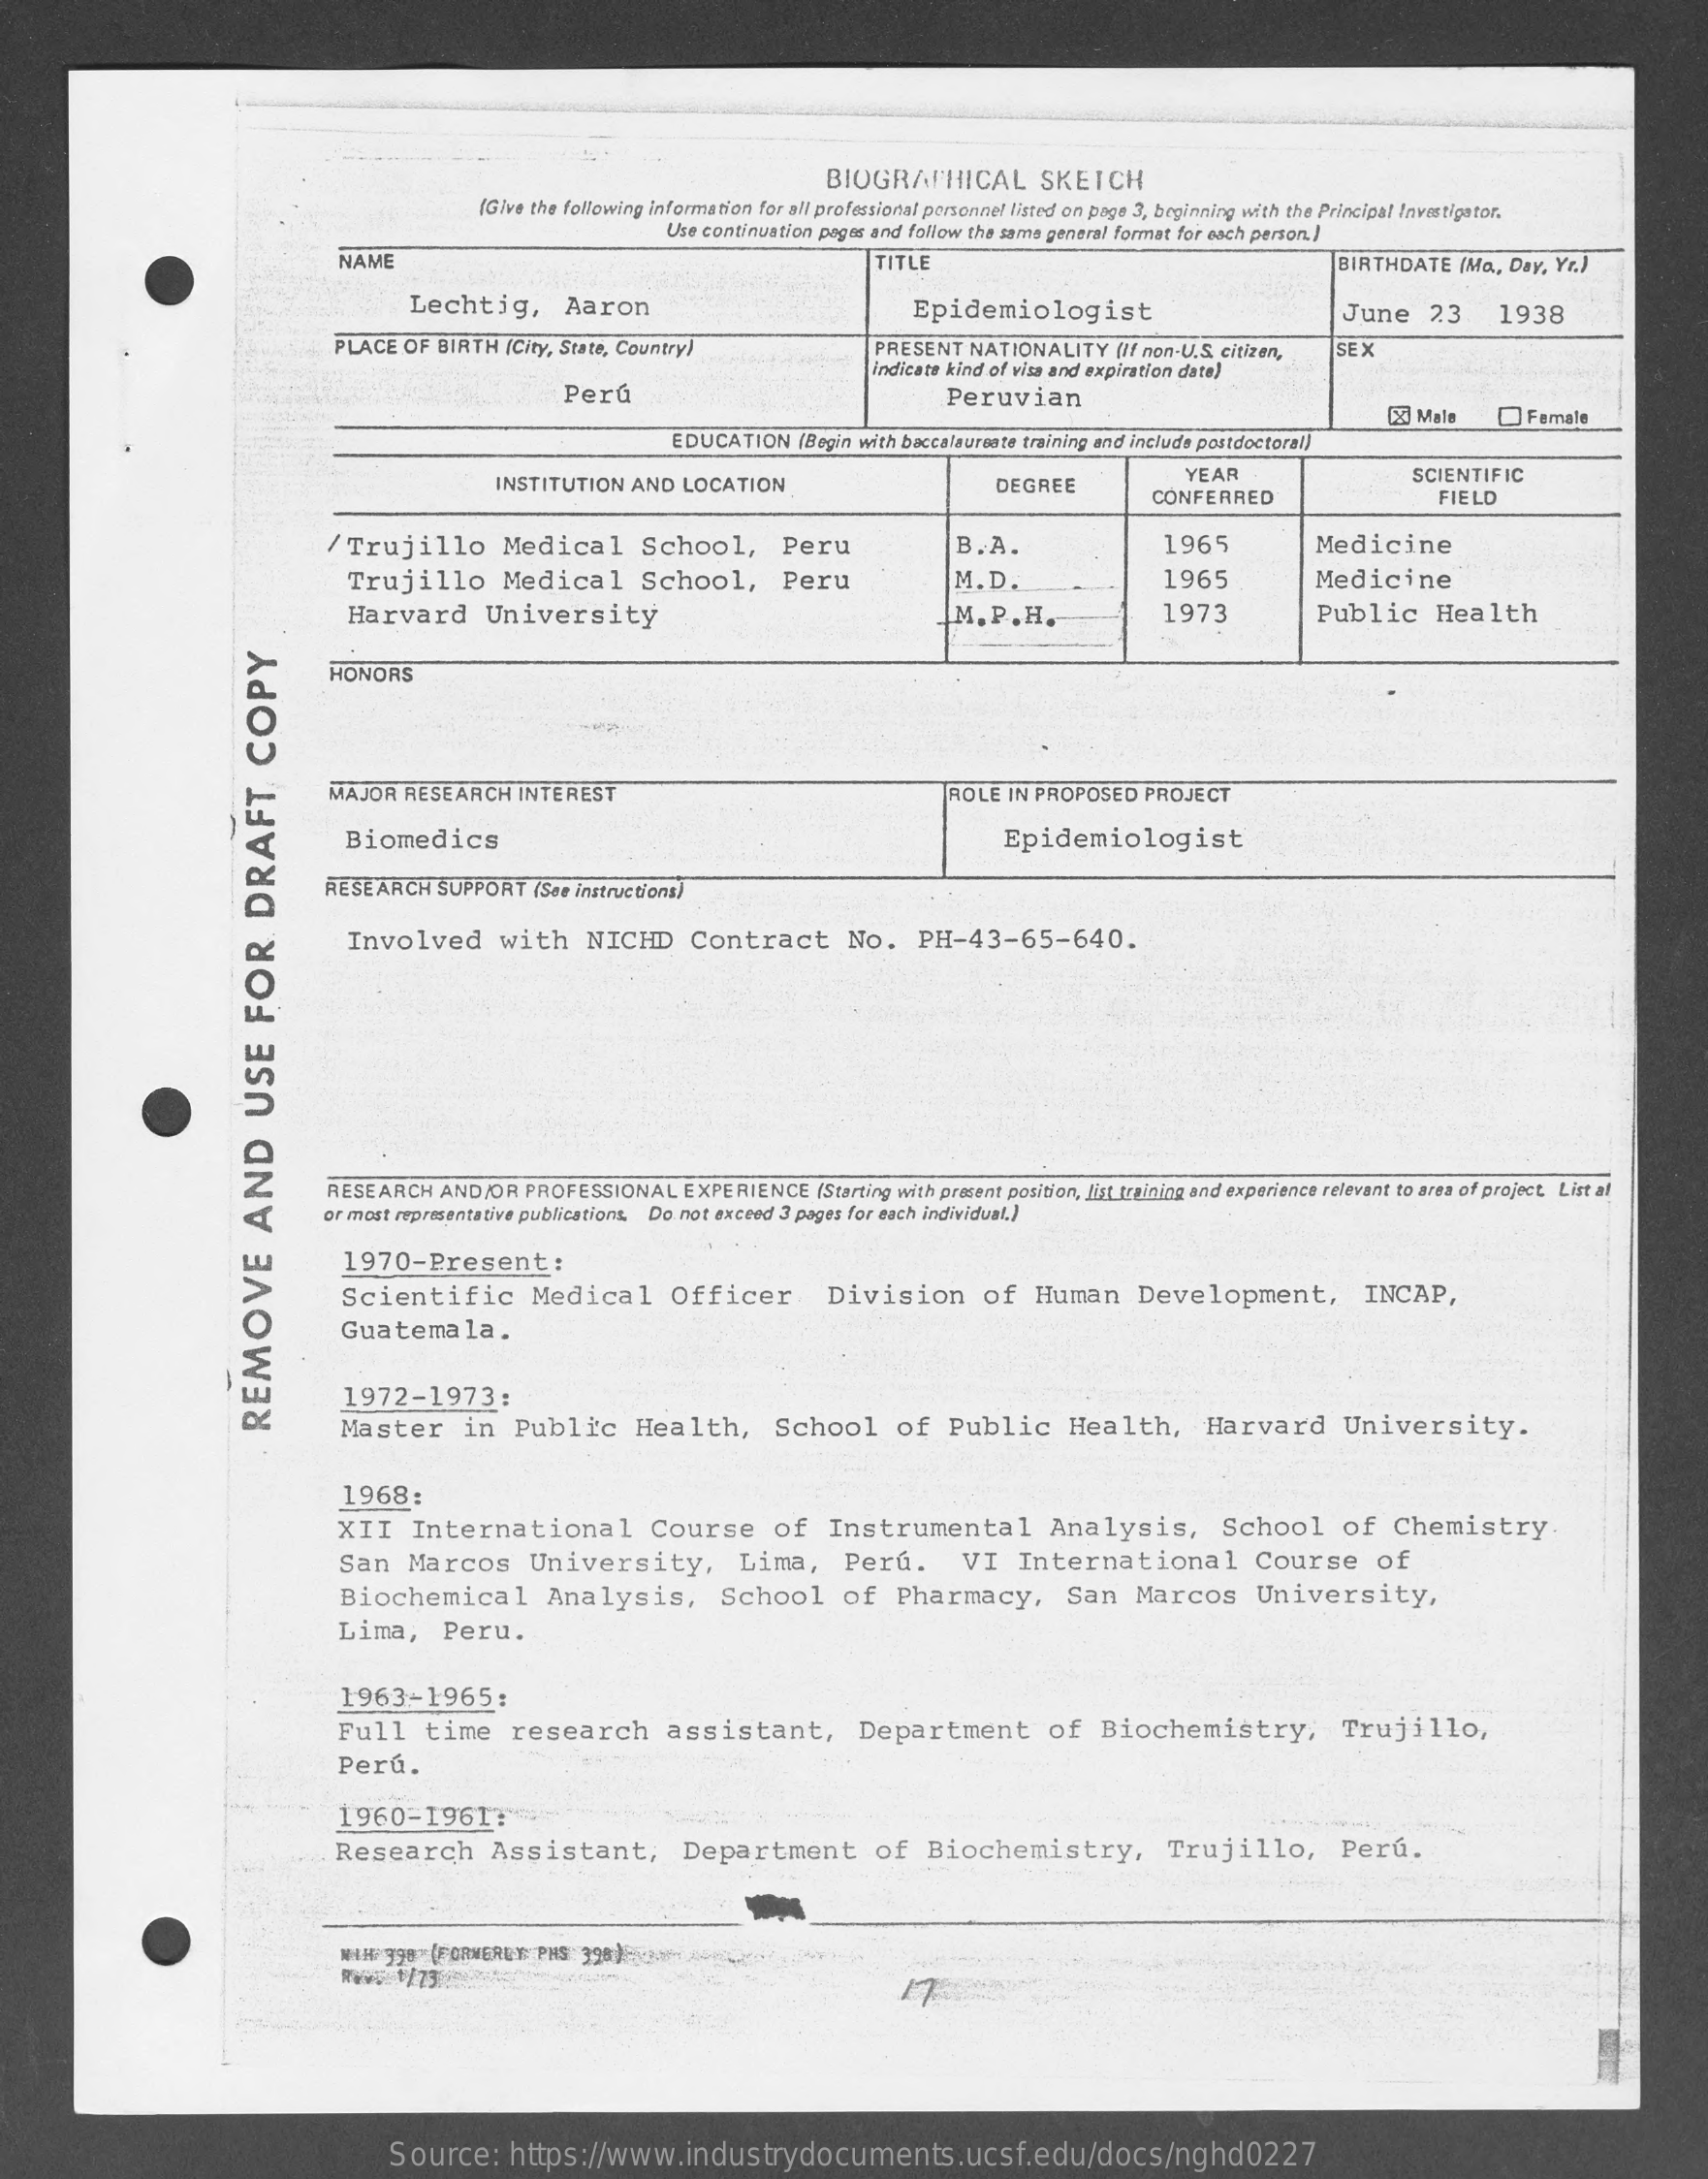
BIOGRAPHICAL    SKETCH
     (Give the following information for all professional personnel listed on page 3, beginning with the Principal Investigator.
     Use continuation pages and follow the same general format for each person.)
     NAME    TITLE    BIRTHDATE  (Ma ., Day, Yr.)
     Lechtig,    Aaron    Epidemiologist    June    23    1938
     PLACE OF BIRTH (City, State, Country)    PRESENT  NATIONALITY  (/f non-U.S. citizen,
     Indicate kind of visa and expiration date)
     SEX
     Perú    Peruvian
     [X] Male    Female
     EDUCATION   (Begin with baccalaureate training and include postdoctoral)
     INSTITUTION  AND  LOCATION    DEGREE
     YEAR    SCIENTIFIC
     CONFERRED    FIELD
     /Trujillo    Medical    School,    Peru    B.A.    1965    Medicine
     Trujillo    Medical    School,    Peru    M.D.    1965    Medicine
     Harvard    University    M.P.H.    1973    Public    Health
     HONORS
     MAJOR  RESEARCH  INTEREST    ROLE IN PROPOSED  PROJECT
     Biomedics    Epidemiologist
     RESEARCH  SUPPORT  (See instructions)
     Involved    with    NICHD    Contract    No.    PH-43-65-640.
     RESEARCH  AND/OR  PROFESSIONAL   EXPERIENCE  (Starting with present position, list training and experience relevant to area of project. List al
     or most representative publications. Do not exceed 3 pages for each individual,)
     1970-Present    :
     Scientific    Medical    Officer.    Division    of   Human    Development,    INCAP,
     Guatemala.
     Master    in   Public    Health,    School    of   Public    Health,    Harvard    University.
     1972-1973:
     REMOVE
     AND
     USE
     FOR
     DRAFT
     COPY
     1968:
     XII   International    Course    of   Instrumental    Analysis,    School    of  Chemistry
     San   Marcos    University,    Lima,    Perú.    VI   International    Course    of
     Biochemical    Analysis,    School    of   Pharmacy,    San   Marcos    University,
     Lima,    Peru.
     1963-1965:
     Full    time    research    assistant,    Department    of   Biochemistry,    Trujillo,
     Perú.
     1960-19617
     Research    Assistant,    Department    of   Biochemistry,    Trujillo,    Perú.
     NAH 398"(FORWERDE PHS:390 )
     Source:    https://www.industrydocuments.ucsf.edu/docs/nghd0227